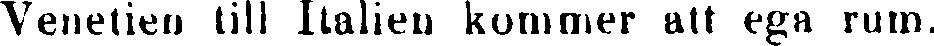
Venetien till Italien kommer att ega rum.